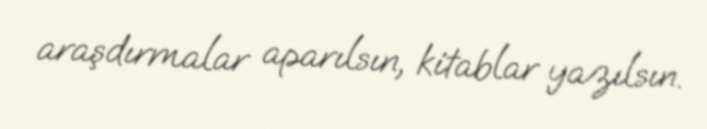
araşdırmalar aparılsın, kitablar yazılsın.